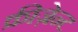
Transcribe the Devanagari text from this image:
क्रीज़ेन्ट